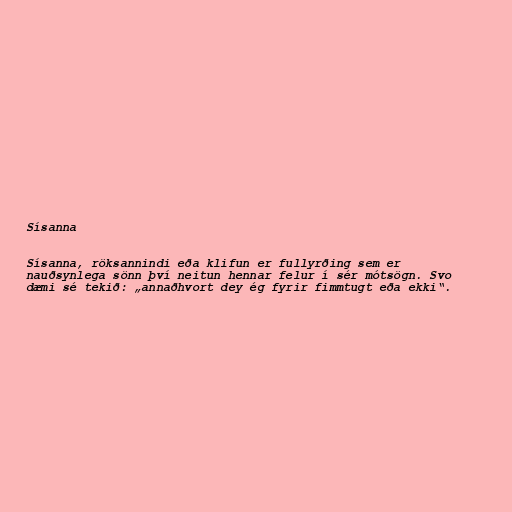
Sísanna

Sísanna, röksannindi eða klifun er fullyrðing sem er
nauðsynlega sönn því neitun hennar felur í sér mótsögn. Svo
dæmi sé tekið: „annaðhvort dey ég fyrir fimmtugt eða ekki“.